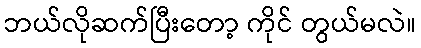
ဘယ်လိုဆက်ပြီးတော့ ကိုင် တွယ်မလဲ။